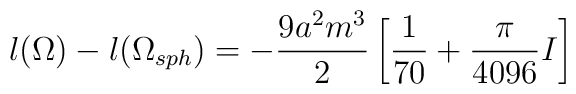
l(\Omega) - l(\Omega_{sph}) = - \frac{9 a^2 m^3}{2}                            \left[\frac{1}{70} + \frac{\pi}{4096} I \right]